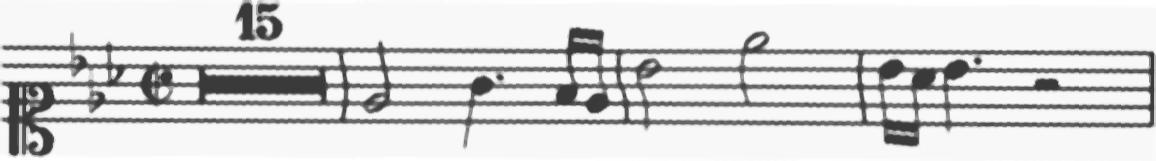
Transcription: clef-C1 keySignature-EbM timeSignature-C/ multirest-15 barline note-Eb4_half note-G4_quarter. note-F4_sixteenth note-Eb4_sixteenth barline note-Bb4_half note-Eb5_half barline note-Bb4_sixteenth note-Ab4_sixteenth note-Bb4_quarter. rest-half barline